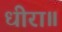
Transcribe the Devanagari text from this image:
धीरा॥